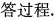
答过程。